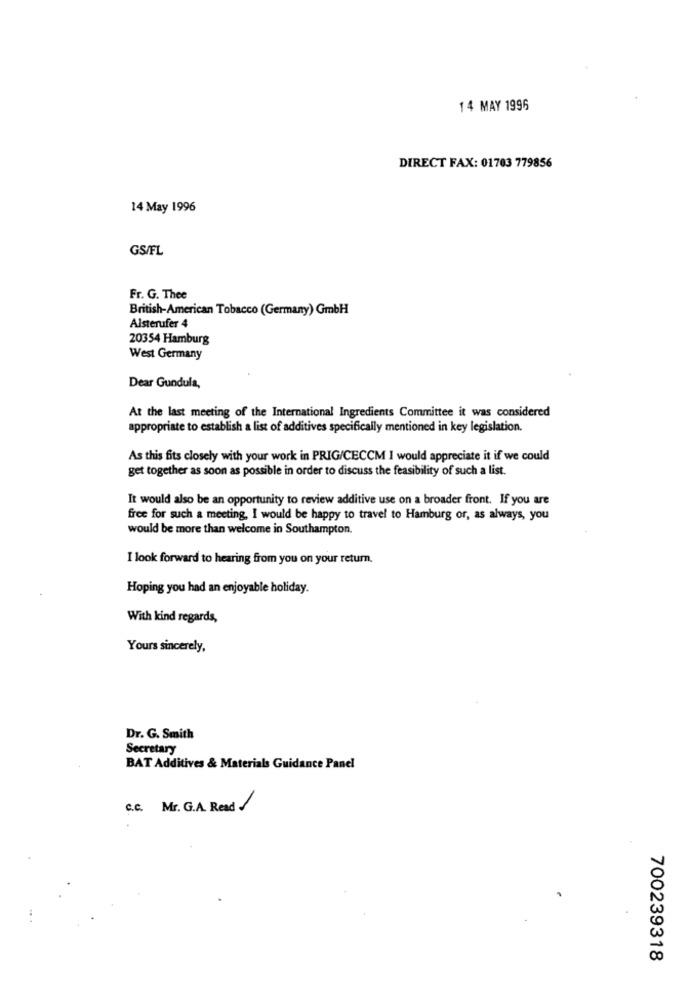
14 MAY 1996
DIRECT FAX: 01703 779856
14 May 1996
GS/FL
Fr. G. Thee
British-American Tobacco (Germany) GmbH
Alsterufer 4
20354 Hamburg
West Germany
Dear Gundula,
At the last meeting of the International Ingredients Committee it was considered
appropriate to establish a list of additives specifically mentioned in key legislation.
As this fits closely with your work in PRIG/CECCM I would appreciate it if we could
get together as soon as possible in order to discuss the feasibility of such a list.
It would also be an opportunity to review additive use on a broader front. If you are
free for such a meeting, I would be happy to travel to Hamburg or, as always, you
would be more than welcome in Southampton.
I look forward to hearing from you on your return.
Hoping you had an enjoyable holiday.
With kind regards,
Yours sincerely,
Dr. G. Smith
Secretary
BAT Additives & Materials Guidance Panel
c.c. Mr. G.A. Read /
700239318